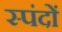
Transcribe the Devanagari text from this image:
स्‍पंदों